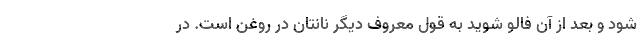
شود و بعد از آن فالو شوید به قول معروف دیگر نانتان در روغن است. در